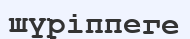
шүріппеге